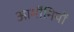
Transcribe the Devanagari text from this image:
आर्मीनियों